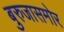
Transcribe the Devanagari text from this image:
बुरुजासमोर